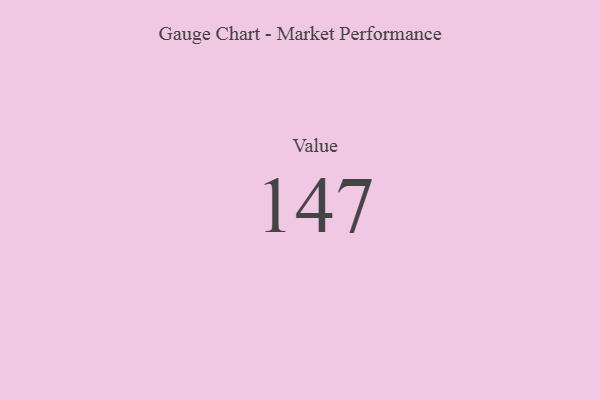
{"axis": {"x": "Metric", "y": "Value"}, "legend": [""], "data": [{"x": "Value", "y": 147, "type": ""}]}